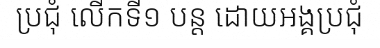
ប្រជុំ លើកទី១ បន្ត ដោយអង្គប្រជុំ